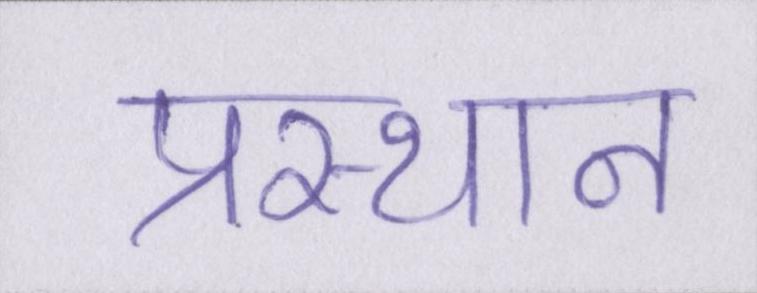
प्रस्थान